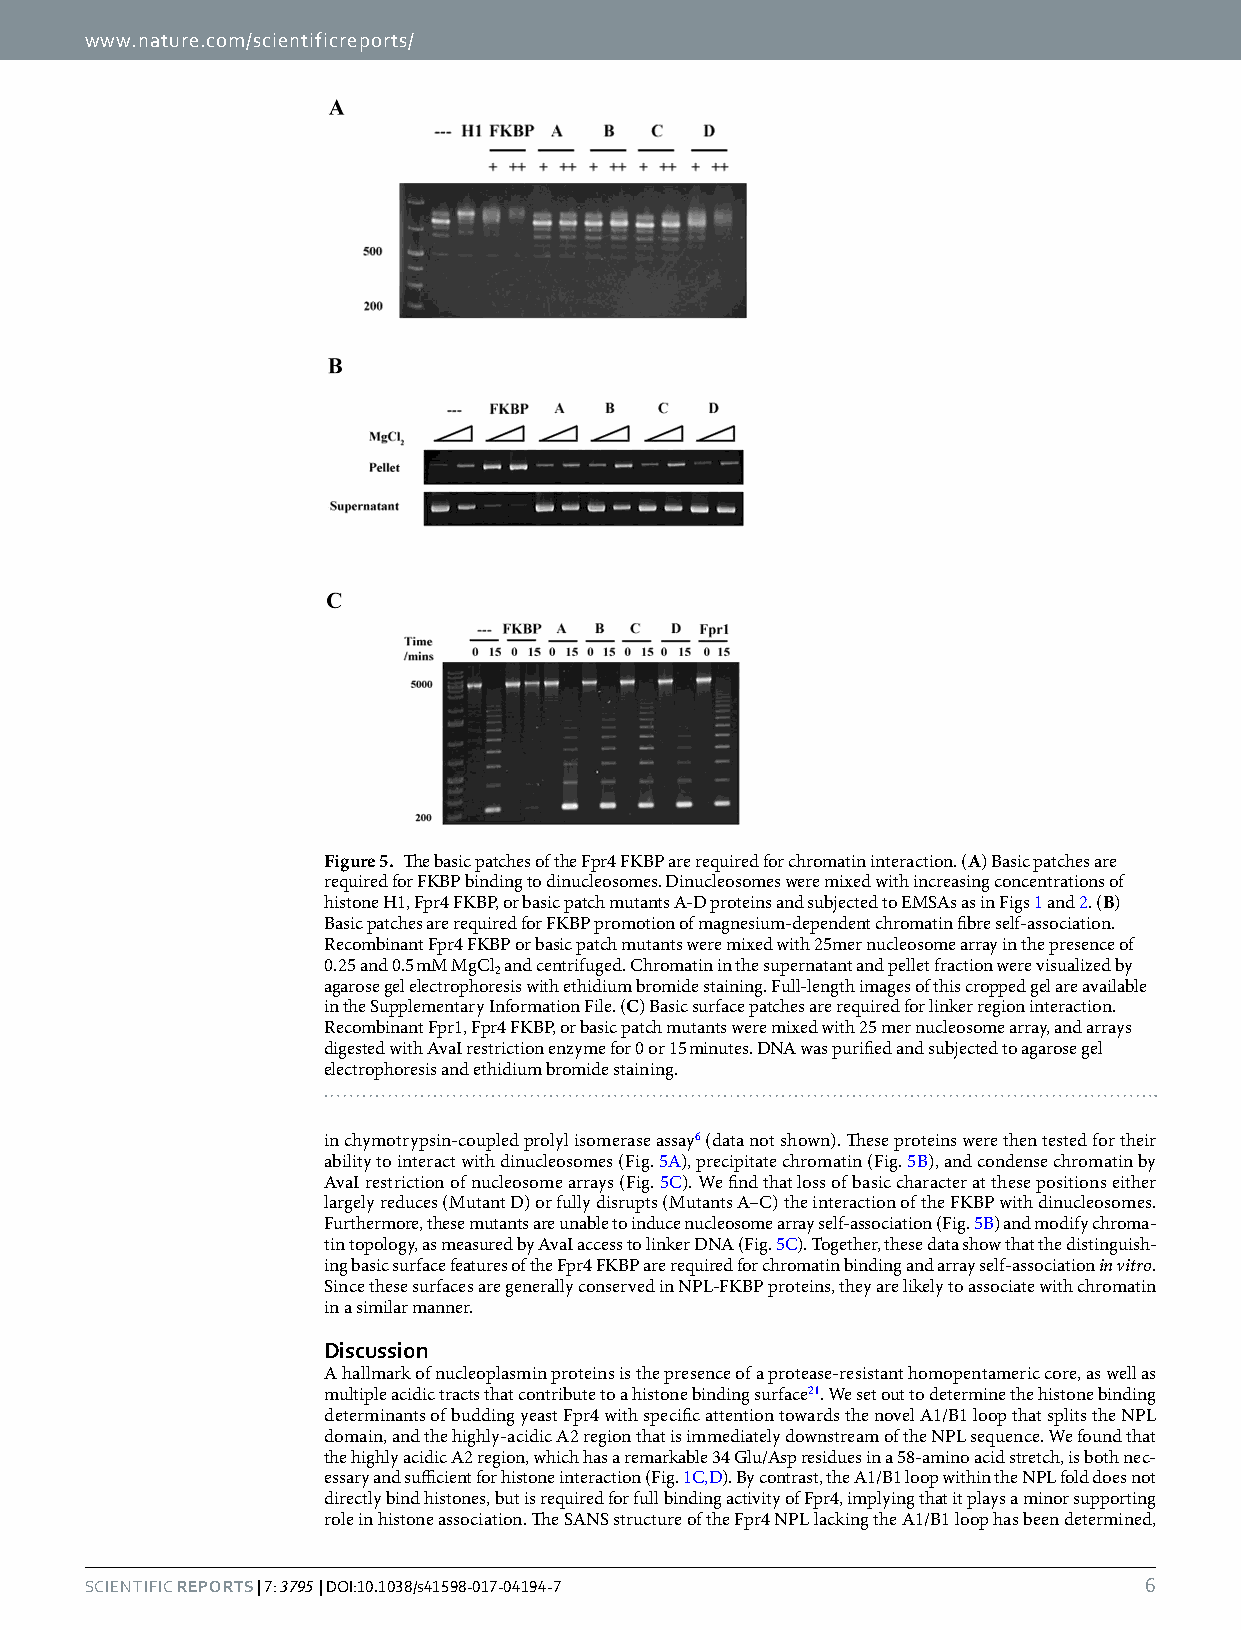
www.nature.com/scientificreports/
 Figure 5. The basic patches of the Fpr4 FKBP are required for chromatin interaction. (A) Basic patches are
 required for FKBP binding to dinucleosomes. Dinucleosomes were mixed with increasing concentrations of
 histone H1, Fpr4 FKBP, or basic patch mutants A-D proteins and subjected to EMSAs as in Figs 1 and 2. (B)
 Basic patches are required for FKBP promotion of magnesium-dependent chromatin fibre self-association.
 Recombinant Fpr4 FKBP or basic patch mutants were mixed with 25mer nucleosome array in the presence of
 0.25 and 0.5 mM MgCl and centrifuged. Chromatin in the supernatant and pellet fraction were visualized by
 2
 agarose gel electrophoresis with ethidium bromide staining. Full-length images of this cropped gel are available
 in the Supplementary Information File. (C) Basic surface patches are required for linker region interaction.
 Recombinant Fpr1, Fpr4 FKBP, or basic patch mutants were mixed with 25 mer nucleosome array, and arrays
 digested with AvaI restriction enzyme for 0 or 15 minutes. DNA was purified and subjected to agarose gel
 electrophoresis and ethidium bromide staining.
 in chymotrypsin-coupled prolyl isomerase assay6 (data not shown). These proteins were then tested for their
 ability to interact with dinucleosomes (Fig. 5A), precipitate chromatin (Fig. 5B), and condense chromatin by
 AvaI restriction of nucleosome arrays (Fig. 5C). We find that loss of basic character at these positions either
 largely reduces (Mutant D) or fully disrupts (Mutants A–C) the interaction of the FKBP with dinucleosomes.
 Furthermore, these mutants are unable to induce nucleosome array self-association (Fig. 5B) and modify chroma-
 tin topology, as measured by AvaI access to linker DNA (Fig. 5C). Together, these data show that the distinguish-
 ing basic surface features of the Fpr4 FKBP are required for chromatin binding and array self-association in vitro.
 Since these surfaces are generally conserved in NPL-FKBP proteins, they are likely to associate with chromatin
 in a similar manner.
 Discussion
 A hallmark of nucleoplasmin proteins is the presence of a protease-resistant homopentameric core, as well as
 multiple acidic tracts that contribute to a histone binding surface21. We set out to determine the histone binding
 determinants of budding yeast Fpr4 with specific attention towards the novel A1/B1 loop that splits the NPL
 domain, and the highly-acidic A2 region that is immediately downstream of the NPL sequence. We found that
 the highly acidic A2 region, which has a remarkable 34 Glu/Asp residues in a 58-amino acid stretch, is both nec-
 essary and sufficient for histone interaction (Fig. 1C,D). By contrast, the A1/B1 loop within the NPL fold does not
 directly bind histones, but is required for full binding activity of Fpr4, implying that it plays a minor supporting
 role in histone association. The SANS structure of the Fpr4 NPL lacking the A1/B1 loop has been determined,
 Scientific RepoRts | 7: 3795 | DOI:10.1038/s41598-017-04194-7         6